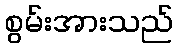
စွမ်းအားသည်